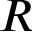
R